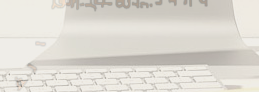
محلات بيع الزجاج الفنانة: